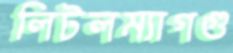
লিটলম্যাগগু